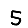
Digit: 5